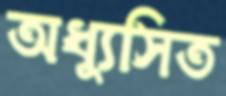
অধ্যুসিত